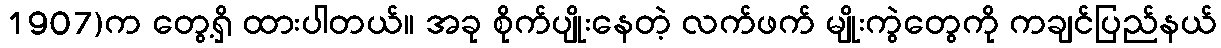
1907)က တွေ့ရှိ ထားပါတယ်။ အခု စိုက်ပျိုးနေတဲ့ လက်ဖက် မျိုးကွဲတွေကို ကချင်ပြည်နယ်